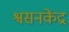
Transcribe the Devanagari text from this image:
श्वसनकेंद्र